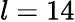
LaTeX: l=14